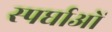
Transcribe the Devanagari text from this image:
स्पर्घाओं